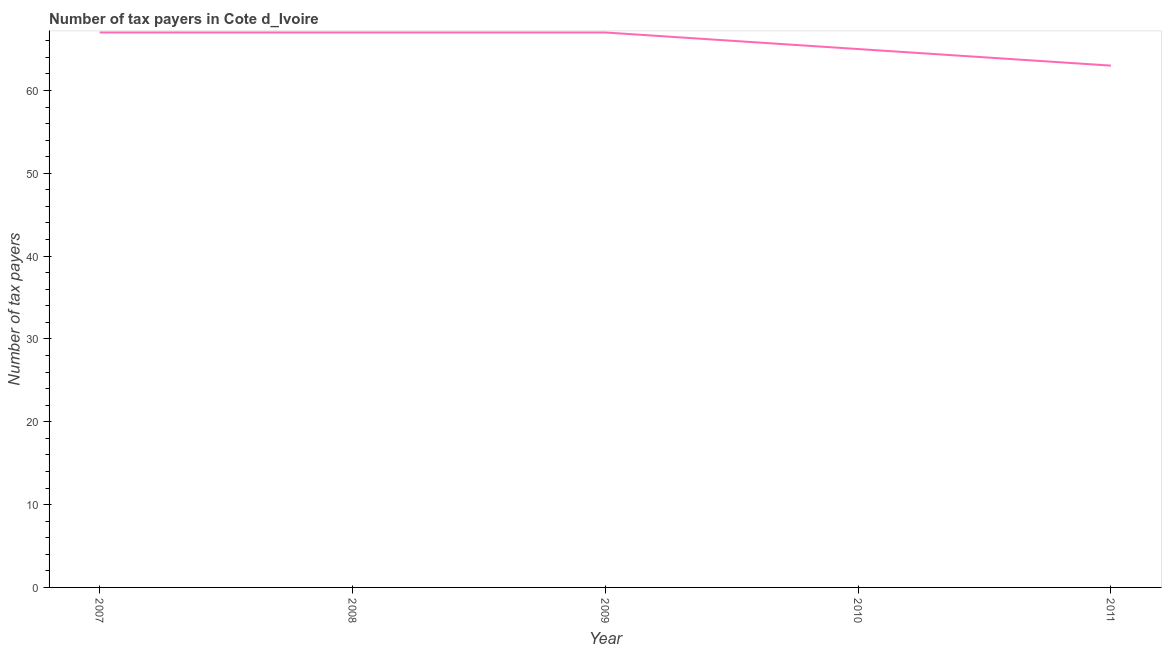
| Year | Tax payments |
 | --- | --- |
 | 2007 | 67 |
 | 2008 | 67 |
 | 2009 | 67 |
 | 2010 | 65 |
 | 2011 | 63 |